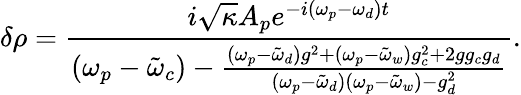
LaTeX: \delta\rho=\frac{i\sqrt{\kappa}A_{p}e^{-i(\omega_{p}-\omega_{d})t}}{(\omega_{p}-\tilde{\omega}_{c})-\frac{(\omega_{p}-\tilde{\omega}_{d})g^{2}+(\omega_{p}-\tilde{\omega}_{w})g_{c}^{2}+2gg_{c}g_{d}}{(\omega_{p}-\tilde{\omega}_{d})(\omega_{p}-\tilde{\omega}_{w})-g_{d}^{2}}}.